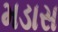
મડાસ